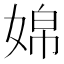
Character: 婂